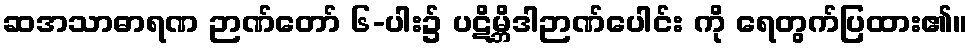
ဆအသာဓာရဏ ဉာဏ်တော် ၆-ပါး၌ ပဋိမ္ဘိဒါဉာဏ်ပေါင်း ကို ရေတွက်ပြထား၏။